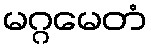
မဂ္ဂမေတံ